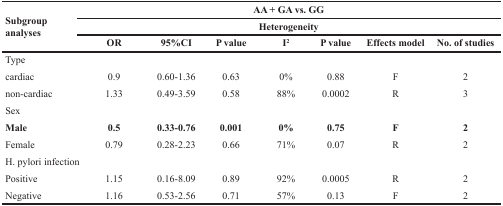
<table><thead><tr><td rowspan="3"><b>Subgroup analyses</b></td><td colspan="7"><b>AA + GA vs. GG</b></td></tr><tr><td colspan="7"><b>Heterogeneity</b></td></tr><tr><td><b>OR</b></td><td><b>95%CI</b></td><td><b>P value</b></td><td><b>I<sup>2</sup></b></td><td><b>P value</b></td><td><b>Effects model</b></td><td><b>No. of studies</b></td></tr></thead><tbody><tr><td>Type</td><td></td><td></td><td></td><td></td><td></td><td></td><td></td></tr><tr><td>cardiac</td><td>0.9</td><td>0.60-1.36</td><td>0.63</td><td>0%</td><td>0.88</td><td>F</td><td>2</td></tr><tr><td>non-cardiac</td><td>1.33</td><td>0.49-3.59</td><td>0.58</td><td>88%</td><td>0.0002</td><td>R</td><td>3</td></tr><tr><td>Sex</td><td></td><td></td><td></td><td></td><td></td><td></td><td></td></tr><tr><td><b>Male</b></td><td><b>0.5</b></td><td><b>0.33-0.76</b></td><td><b>0.001</b></td><td><b>0%</b></td><td><b>0.75</b></td><td><b>F</b></td><td><b>2</b></td></tr><tr><td>Female</td><td>0.79</td><td>0.28-2.23</td><td>0.66</td><td>71%</td><td>0.07</td><td>R</td><td>2</td></tr><tr><td>H. pylori infection</td><td></td><td></td><td></td><td></td><td></td><td></td><td></td></tr><tr><td>Positive</td><td>1.15</td><td>0.16-8.09</td><td>0.89</td><td>92%</td><td>0.0005</td><td>R</td><td>2</td></tr><tr><td>Negative</td><td>1.16</td><td>0.53-2.56</td><td>0.71</td><td>57%</td><td>0.13</td><td>F</td><td>2</td></tr></tbody></table>